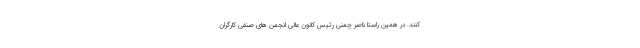
کنند. در همین راستا ناصر چمنی رئیس کانون عالی انجمن های صنفی کارگران